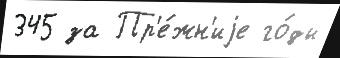
345 за Пр'е́жн'иjе го́ды